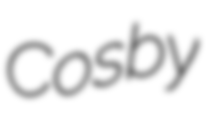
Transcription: Cosby